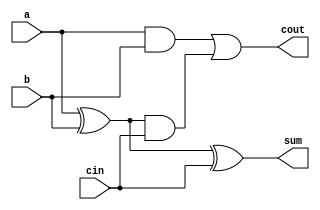
// Full Adder Module
module full_adder (
    input wire a,      // Input bit a
    input wire b,      // Input bit b
    input wire cin,    // Carry-in bit
    output wire sum,   // Sum output
    output wire cout   // Carry-out output
);

    // Internal signals
    wire sum1, c1, c2;

    // Half Adder for a and b
    assign sum1 = a ^ b;
    assign c1 = a & b;

    // Half Adder for sum1 and cin
    assign sum = sum1 ^ cin;
    assign c2 = sum1 & cin;

    // Carry-out
    assign cout = c1 | c2;

endmodule